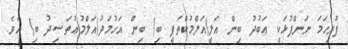
ފުރިހަމަ ނަންފުޅަކީ ޢަބުދު ބިން ޢަލީ(އަލްމުކްތަފީ ބި) ބިން އަހުމަދު(އަލްމުޢުތަޟިދު ބި) އެވެ.